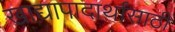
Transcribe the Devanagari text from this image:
खाद्यापादार्थांसाठी